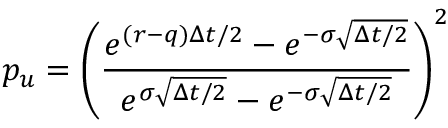
p _ { u } = \left( { \frac { e ^ { ( r - q ) \Delta t / 2 } - e ^ { - \sigma { \sqrt { \Delta t / 2 } } } } { e ^ { \sigma { \sqrt { \Delta t / 2 } } } - e ^ { - \sigma { \sqrt { \Delta t / 2 } } } } } \right) ^ { 2 }